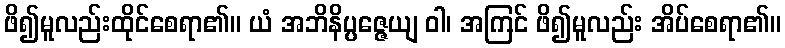
ဖိ၍မူလည်းထိုင်စေရာ၏။ ယံ အဘိနိပ္ပဇ္ဇေယျ ဝါ၊ အကြင် ဖိ၍မူလည်း အိပ်စေရာ၏။